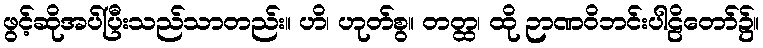
ဖွင့်ဆိုအပ်ပြီးသည်သာတည်း။ ဟိ၊ ဟုတ်စွ။ တတ္ထ၊ ထို ဉာဏဝိဘင်းပါဠိတော်၌။